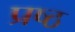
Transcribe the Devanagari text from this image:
प्रष्ठ